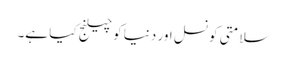
سلامتی کونسل اور دنیا کو چیلنج کیا ہے۔